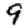
Digit: 9